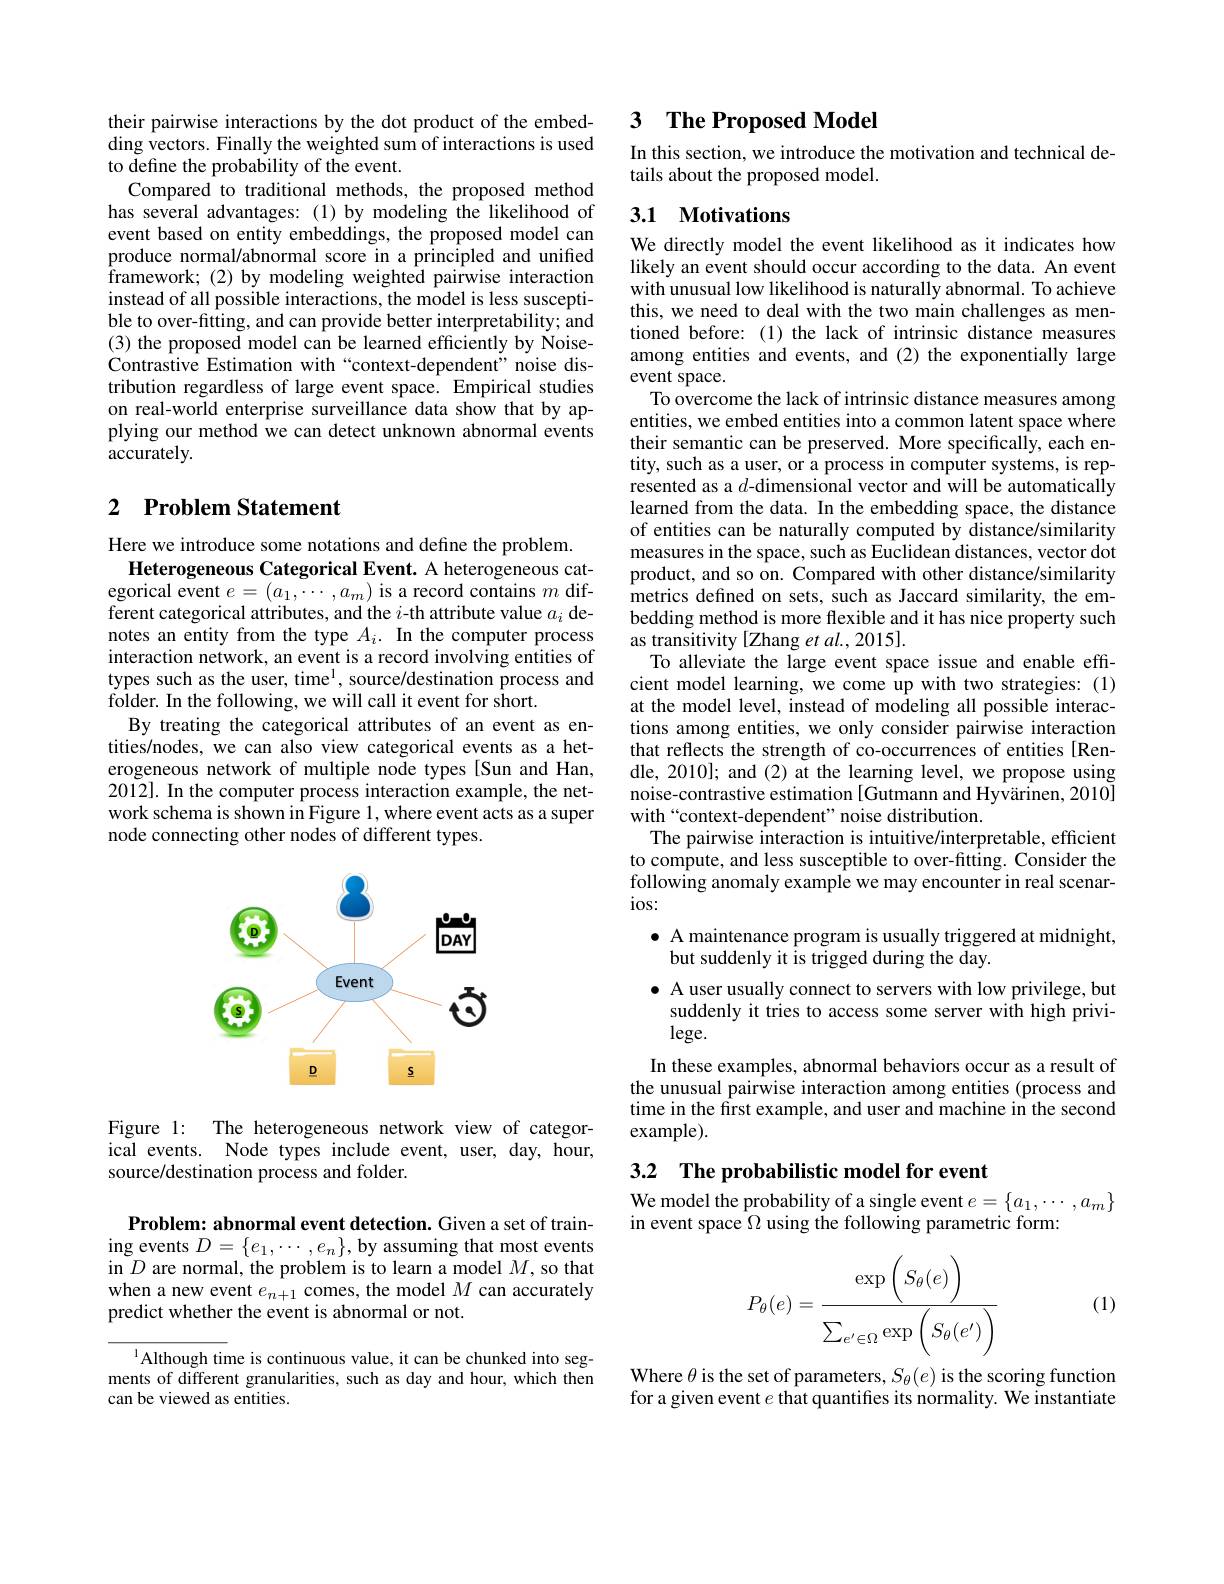
their pairwise interactions by the dot product of the embed- $\hat{\text{ding vectors. Finally the weighted sum of interactions is used}}$ to define the probability of the event.
Compared to traditional methods, the proposed method has several advantages: (1)by modeling the likelihood of event based on entity embeddings, the proposed model can produce normal/abnormal score in a principled and unified $\bar{\text{framework; (2) by modeling weighted pairwise interaction}}$ instead of all possible interactions, the model is less susceptible to over-fitting, and can provide better interpretability; and (3) the proposed model can be learned efficiently by NoiseContrastive Estimation with“context-dependent”noise distribution regardless of large event space. Empirical studies on real-world enterprise surveillance data show that by applying our method we can detect unknown abnormal events accurately.

# 2 Problem Statement

Here we introduce some notations and define the problem.
Heterogeneous Categorical Event. A heterogeneous cat- $\bar{\text{egorical event }e}=(\bar{a_1,\cdots,a_m})$ is a record contains $m$ different categorical attributes, and the $i$-th attribute value $a_i$ denotes an entity from the type $A_i.$ In the computer process interaction network, an event is a record involving entities of types such as the user, time$^{1}$, source/destination process and folder. In the following, we will call it event for short.
By treating the categorical attributes of an event as entities/nodes, we can also view categorical events as a heterogeneous network of multiple node types [Sun and Han, 2012]. In the computer process interaction example, the network schema is shown in Figure 1, where event acts as a super node connecting other nodes of different types.

<FigureHere>

Figure 1: The heterogeneous network view of categorical events. Node types include event, user, day, hour, source/destination process and folder.

Problem: abnormal event detection. Given a set of training events $D=\{e_1,\cdots,e_n\}$, by assuming that most events in $D$ are normal, the problem is to learn a model $M$,so that when a new event $e_n+1$ comes, the model $M$ can accurately predict whether the event is abnormal or not.

$^{1}$Although time is continuous value, it can be chunked into segments of different granularities, such as day and hour, which then can be viewed as entities.

## 3 $\textbf{The Proposed Model}$

In this section, we introduce the motivation and technical de-
tails about the proposed model.

## 3.1 Motivations

We directly model the event likelihood as it indicates how likely an event should occur according to the data. An event with unusual low likelihood is naturally abnormal. To achieve this, we need to deal with the two main challenges as mentioned before: (1) the lack of intrinsic distance measures among entities and events, and (2) the exponentially large event space.
To overcome the lack of intrinsic distance measures among entities, we embed entities into a common latent space where their semantic can be preserved. More specifically, each entity, such as a user, or a process in computer systems, is represented as a $d$-dimensional vector and will be automatically learned from the data. In the embedding space, the distance of entities can be naturally computed by distance/similarity measures in the space, such as Euclidean distances, vector dot product, and so on. Compared with other distance/similarity metrics defined on sets, such as Jaccard similarity, the embedding method is more flexible and it has nice property such as transitivity [Zhang et al., 2015].
To alleviate the large event space issue and enable efficient model learning, we come up with two strategies: (1) at the model level, instead of modeling all possible interactions among entities, we only consider pairwise interaction that reflects the strength of co-occurrences of entities [Rendle, 2010]; and (2) at the learning level, we propose using noise-contrastive estimation [Gutmann and Hyvärinen, 2010] with“context-dependent”noise distribution.
The pairwise interaction is intuitive/interpretable, efficient to compute, and less susceptible to over-fitting. Consider the following anomaly example we may encounter in real scenar- $ios:$
$\bullet$ A maintenance program is usually triggered at midnight,
but suddenly it is trigged during the day.
$\bullet$ A user usually connect to servers with low privilege, but suddenly it tries to access some server with high privi- $\log$e.
In these examples, abnormal behaviors occur as a result of the unusual pairwise interaction among entities (process and time in the first example, and user and machine in the second example).

3.2 The probabilistic model for event

We model the probability of a single event $e=\{a_1,\cdots,a_m\}$
in event space $\Omega$ using the following parametric form:
$$P_\theta(e)=\dfrac{\exp\left(S_\theta(e)\right)}{\sum_{e'\in\Omega}\exp\left(S_\theta(e')\right)}$$
(1)

Where $\theta$ is the set of parameters, $S_\theta(e)$ is the scoring function for a given event $e$ that quantifies its normality. We instantiate